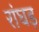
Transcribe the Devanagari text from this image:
रांघड़